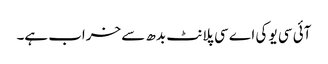
آئی سی یو کی اے سی پلانٹ بدھ سے خراب ہے۔